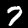
Digit: 7